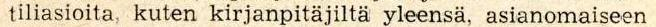
tiliasioita, kuten kirjanpitäjiltä yleensä, asianomaiseen